Report of the Indian Hemp Drugs Commission, 1894-1895 - Volume IV
Year: 1894
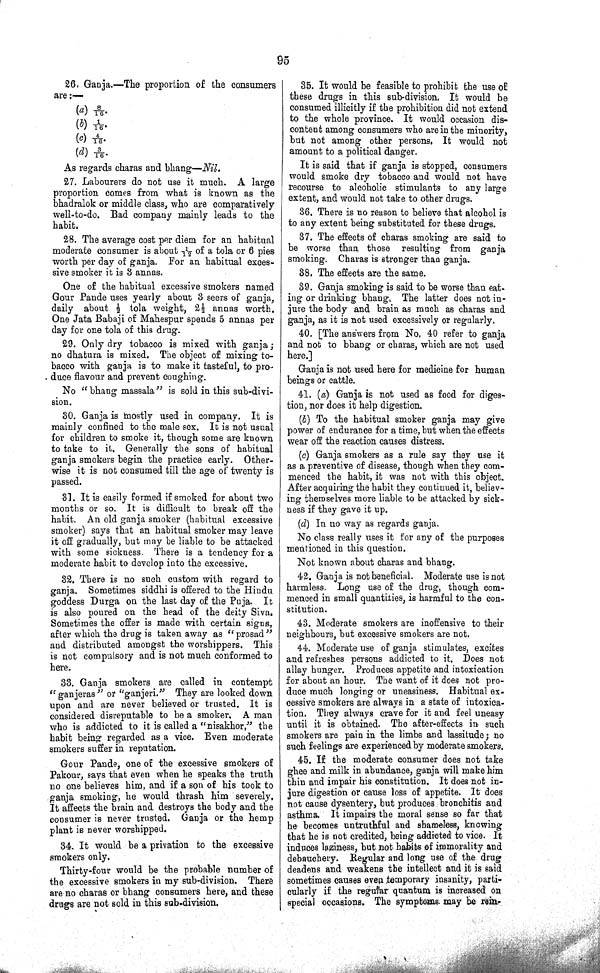
95
26. Ganja.—The proportion of the consumers
are:—
(a) 8/16.
(b) 1/16.
(c) 4/16.
(d) 3/16.
As regards charas and bhang—Nil.
27. Labourers do not use it much. A large
proportion comes from what is known as the
bhadralok or middle class, who are comparatively
well-to-do. Bad company mainly leads to the
habit.
28. The average cost per diem for an habitual
moderate consumer is about 1/12 of a tola or 6 pies
worth per day of ganja. For an habitual exces-
sive smoker it is 3 annas.
One of the habitual excessive smokers named
Gour Pande uses yearly about 3 seers of ganja,
daily about ½ tola weight, 2½ annas worth.
One Jata Babaji of Mahespur spends 5 annas per
day for one tola of this drug.
29. Only dry tobacco is mixed with ganja;
no dhatura is mixed. The object of mixing to-
bacco with ganja is to make it tasteful, to pro-
duce flavour and prevent coughing.
No "bhang massala" is sold in this sub-divi-
sion.
30. Ganja is mostly used in company. It is
mainly confined to the male sex. It is not usual
for children to smoke it, though some are known
to take to it. Generally the sons of habitual
ganja smokers begin the practice early. Other-
wise it is not consumed till the age of twenty is
passed.
31. It is easily formed if smoked for about two
months or so. It is difficult to break off the
habit. An old ganja smoker (habitual excessive
smoker) says that an habitual smoker may leave
it off gradually, but may be liable to be attacked
with some sickness. There is a tendency for a
moderate habit to develop into the excessive.
32. There is no such custom with regard to
ganja. Sometimes siddhi is offered to the Hindu
goddess Durga on the last day of the Puja. It
is also poured on the head of the deity Siva.
Sometimes the offer is made with certain signs,
after which the drug is taken away as "prosad"
and distributed amongst the worshippers. This
is not compulsory and is not much conformed to
here.
33. Ganja smokers are called in contempt
"ganjeras" or "ganjeri." They are looked down
upon and are never believed or trusted. It is
considered disreputable to be a smoker. A man
who is addicted to it is called a "nisakhor," the
habit being regarded as a vice. Even moderate
smokers suffer in reputation.
Gour Pande, one of the excessive smokers of
Pakour, says that even when he speaks the truth
no one believes him, and if a son of his took to
ganja smoking, he would thrash him severely.
It affects the brain and destroys the body and the
consumer is never trusted. Ganja or the hemp
plant is never worshipped.
34. It would be a privation to the excessive
smokers only.
Thirty-four would be the probable number of
the excessive smokers in my sub-division. There
are no charas or bhang consumers here, and these
drugs are not sold in this sub-division.
35. It would be feasible to prohibit the use of
these drugs in this sub-division. It would be
consumed illicitly if the prohibition did not extend
to the whole province. It would occasion dis-
content among consumers who are in the minority,
but not among other persons. It would not
amount to a political danger.
It is said that if ganja is stopped, consumers
would smoke dry tobacco and would not have
recourse to alcoholic stimulants to any large
extent, and would not take to other drugs.
36. There is no reason to believe that alcohol is
to any extent being substituted for these drugs.
37. The effects of charas smoking are said to
be worse than those resulting from ganja
smoking. Charas is stronger than ganja.
38. The effects are the same.
89. Ganja smoking is said to be worse than eat-
ing or drinking bhang, The latter does not in-
jure the body and brain as much as charas and
ganja, as it is not used excessively or regularly.
40. [The answers from No. 40 refer to ganja
and not to bhang or charas, which are not used
here.]
Ganja is not used here for medicine for human
beings or cattle.
41. (a) Ganja is not used as food for diges-
tion, nor does it help digestion.
(b) To the habitual smoker ganja may give
power of endurance for a time, but when the effects
wear off the reaction causes distress.
(c) Ganja smokers as a rule say they use it
as a preventive of disease, though when they com-
menced the habit, it was not with this object.
After acquiring the habit they continued it, believ-
ing themselves more liable to be attacked by sick-
ness if they gave it up.
(d) In no way as regards ganja.
No class really uses it for any of the purposes
mentioned in this question.
Not known about charas and bhang.
42. Ganja is not beneficial. Moderate use is not
harmless. Long use of the drug, though com-
menced in small quantities, is harmful to the con-
stitution.
43. Moderate smokers are inoffensive to their
neighbours, but excessive smokers are not.
44. Moderate use of ganja stimulates, excites
and refreshes persons addicted to it. Does not
allay hunger. Produces appetite and intoxication
for about an hour. The want of it does not pro-
duce much longing or uneasiness. Habitual ex-
cessive smokers are always in a state of intoxica-
tion. They always crave for it and feel uneasy
until it is obtained. The after-effects in such
smokers are pain in the limbs and lassitude; no
such feelings are experienced by moderate smokers.
45. If the moderate consumer does not take
ghee and milk in abundance, ganja will make him
thin and impair his constitution. It does not in-
jure digestion or cause loss of appetite. It does
not cause dysentery, but produces bronchitis and
asthma. It impairs the moral sense so far that
he becomes untruthful and shameless, knowing
that he is not credited, being addicted to vice. It
induces laziness, but not habits of immorality and
debauchery. Regular and long use of the drug
deadens and weakens the intellect and it is said
sometimes causes even temporary insanity, parti-
cularly if the regular quantum is increased on
special occasions. The symptoms may be rein-